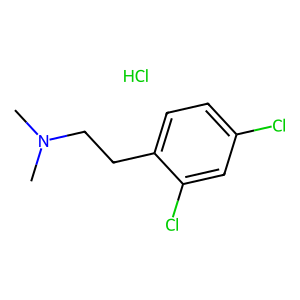
SMILES: CN(C)CCc1ccc(Cl)cc1Cl.Cl
Inhibits HIV replication: No